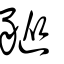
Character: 豵